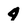
Character: 4